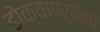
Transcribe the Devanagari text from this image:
डोक्यापर्यंतचे